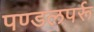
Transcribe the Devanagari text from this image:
पण्डलपर्रू